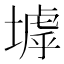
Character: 㙤